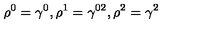
\rho ^ { 0 } = \gamma ^ { 0 } , \rho ^ { 1 } = \gamma ^ { 0 2 } , \rho ^ { 2 } = \gamma ^ { 2 }